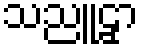
သညူဠှာ